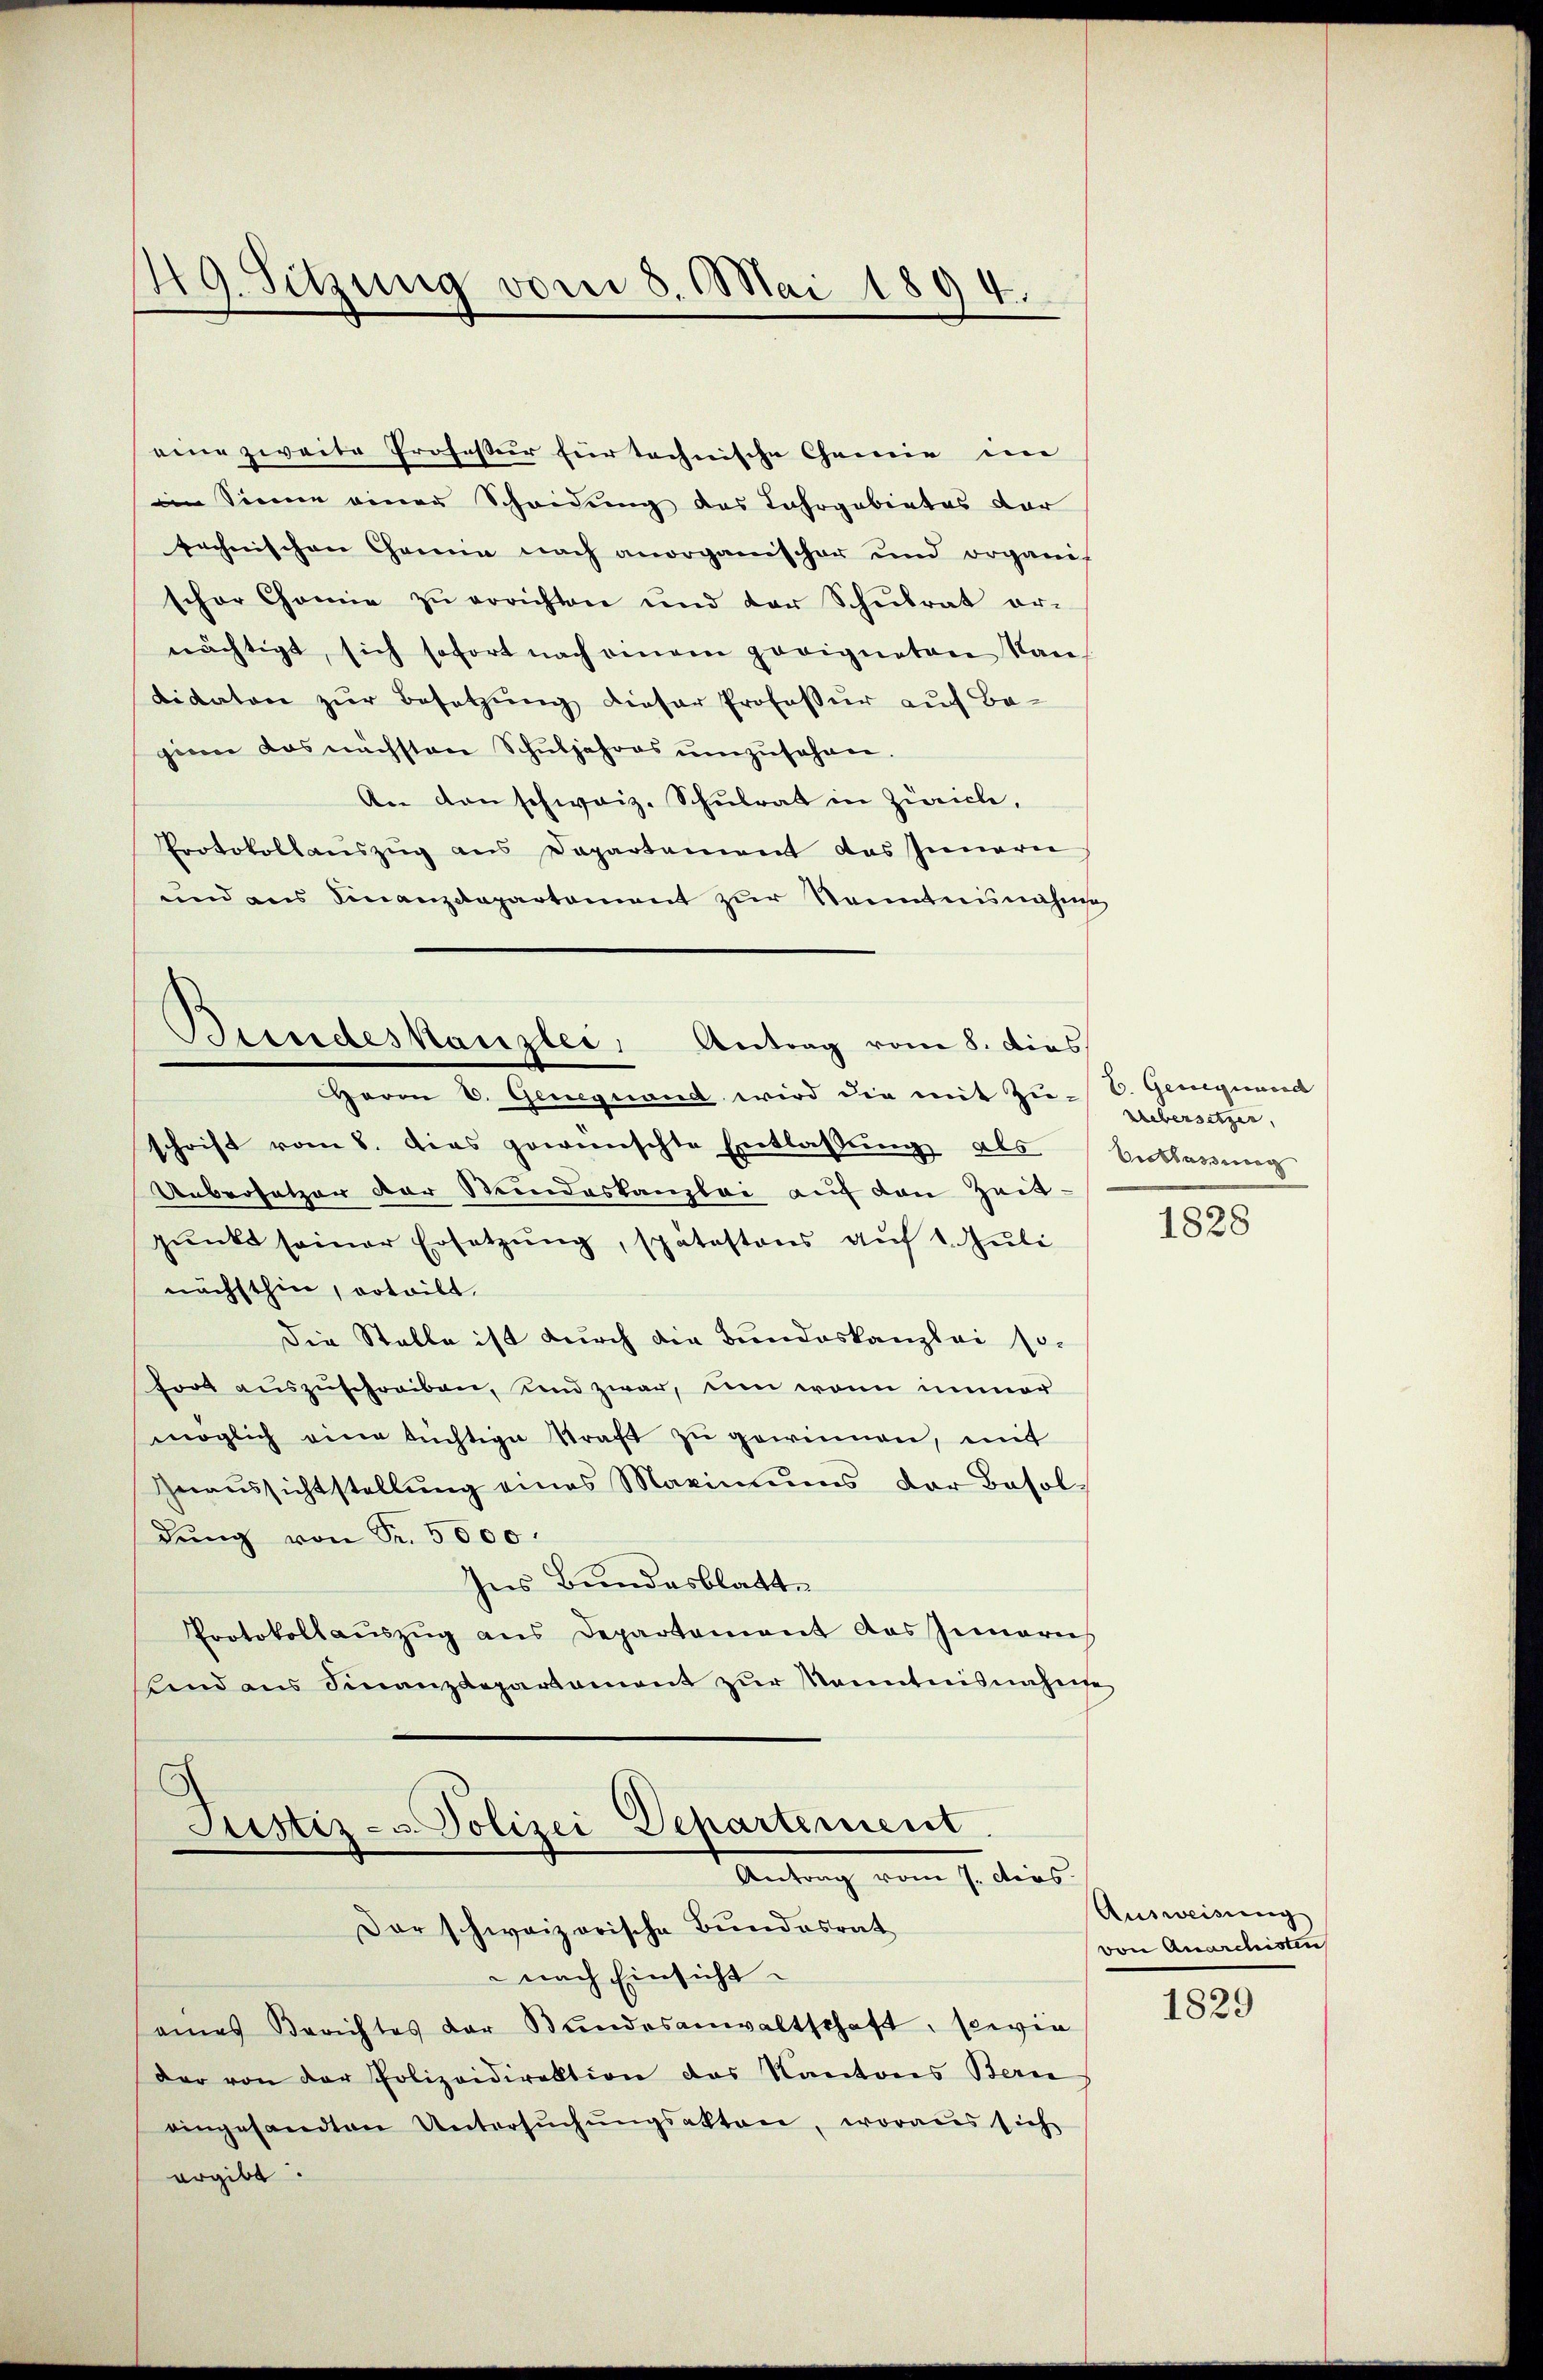
49. Sitzung vom 8. Mai 1894.

eine zweite Professur für technische Chemie im
im Sinne einer Scheidung des Jahrgebietes der
technischen Chemie nach anorganischer und organis
schor Chonie zŭ errichten und der Schulrat er-
nächtigt, sich sofort nach einem geeigneten Nan
didaten zur Besetzung dieser Professur auf Begie das nächsten Schŭljahres ŭmzŭsehen.
An den schweiz. Schulrat in Zürich,
Protokollaŭszŭg ans Departement das Innern
und aus Finanzdepartement zŭr Kenntnisnahme
schrift vom 8. dies gewünschte Entlassŭng als Entlassung
Uebersetzer der Stundeskanzlei auf den Zeitpunkt seiner Ersetzung, spätestons auf 1. Juli
nächsthin, erteilt.
die Stalle ist durch die Bundeskanzlei so-
fort auszuschreiben, und zwar, um wenn immer
möglich eine tüchtige Kraft zu gewinnen, mit
Geaŭssichtstellŭng eines Maximŭms der Besoldŭng von Sr. 5000.
Ins Bundesblatt.
Protokollauszug aus Departement das Innerich
sind aus Finanzdepartament zŭr Kenntnisnahente

Bundeskanzlei, Antrag vom 8. dies
HHerrn C. Geneguand wird die mit Zer-Hubersetzen,

Justiz- & Polizei Departement
dis
Der schweizerische Bundesrat

E. Gelegeworde

nach Einsicht
eines Berichtes der Stundesanwaltschaft, sowie
der von der Polizeidirektion des Kantons Bern
eingesandten Untersŭchŭngsakten, woraus sich
ergibt.

1828

Ausweisung
von Anarchisten

1829